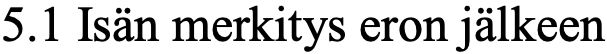
5.1 Isän merkitys eron jälkeen